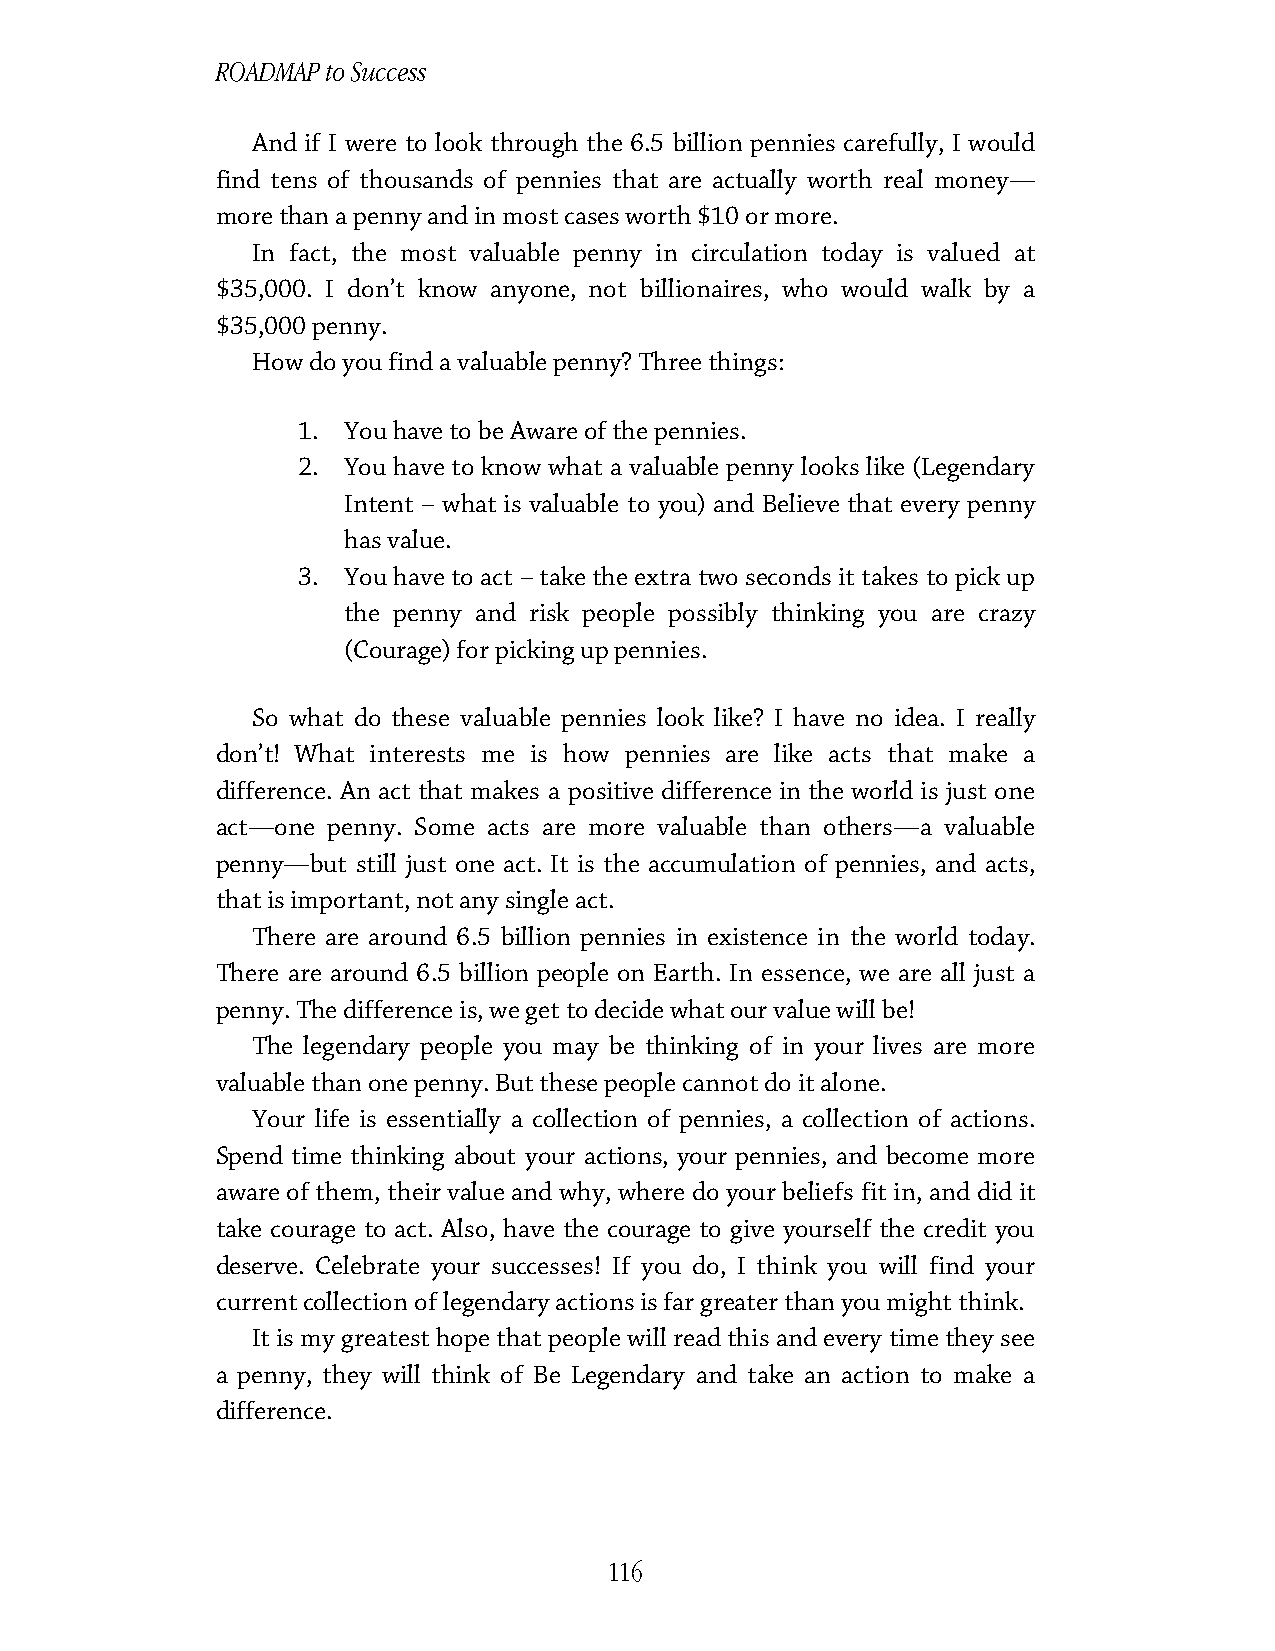
ROADMAP to Success
 And if I were to look through the 6.5 billion pennies carefully, I would
 find tens of thousands of pennies that are actually worth real money—
 more than a penny and in most cases worth $10 or more.
 In fact, the most valuable penny in circulation today is valued at
 $35,000. I don’t know anyone, not billionaires, who would walk by a
 $35,000 penny.
 How do you find a valuable penny? Three things:
 1. You have to be Aware of the pennies.
 2. You have to know what a valuable penny looks like (Legendary
 Intent – what is valuable to you) and Believe that every penny
 has value.
 3. You have to act – take the extra two seconds it takes to pick up
 the penny and risk people possibly thinking you are crazy
 (Courage) for picking up pennies.
 So what do these valuable pennies look like? I have no idea. I really
 don’t! What interests me is how pennies are like acts that make a
 difference. An act that makes a positive difference in the world is just one
 act—one penny. Some acts are more valuable than others—a valuable
 penny—but still just one act. It is the accumulation of pennies, and acts,
 that is important, not any single act.
 There are around 6.5 billion pennies in existence in the world today.
 There are around 6.5 billion people on Earth. In essence, we are all just a
 penny. The difference is, we get to decide what our value will be!
 The legendary people you may be thinking of in your lives are more
 valuable than one penny. But these people cannot do it alone.
 Your life is essentially a collection of pennies, a collection of actions.
 Spend time thinking about your actions, your pennies, and become more
 aware of them, their value and why, where do your beliefs fit in, and did it
 take courage to act. Also, have the courage to give yourself the credit you
 deserve. Celebrate your successes! If you do, I think you will find your
 current collection of legendary actions is far greater than you might think.
 It is my greatest hope that people will read this and every time they see
 a penny, they will think of Be Legendary and take an action to make a
 difference.
 116